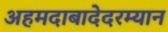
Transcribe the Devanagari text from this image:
अहमदाबादेदरम्यान